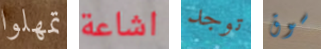
تمهلوا اشاعة توجد سوق